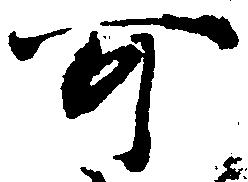
可